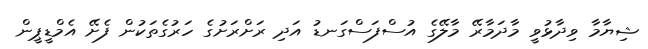
ޝިޔާމާ ވިދާޅުވީ މާދަމާރޭ މާލޭގެ އުސްފަސްގަނޑު އަދި ރަށްރަށުގެ ހަރުގެތަކުން ފެށޭ އެމްޑީޕީން